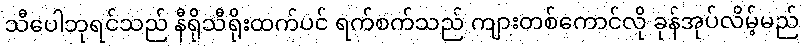
သီပေါဘုရင်သည် နီရိုသီရိုးထက်ပင် ရက်စက်သည် ကျားတစ်ကောင်လို ခုန်အုပ်လိမ့်မည်